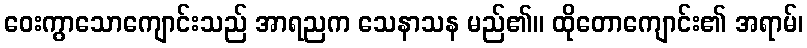
ဝေးကွာသောကျောင်းသည် အာရညက သေနာသန မည်၏။ ထိုတောကျောင်း၏ အရာမ်၊